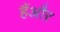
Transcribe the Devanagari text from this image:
हैंऔऱ